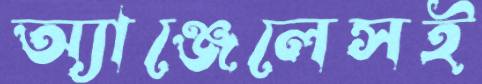
অ্যাঞ্জেলেসই